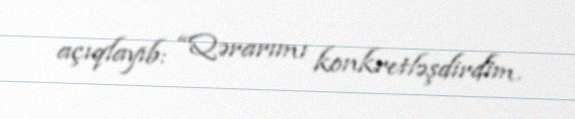
açıqlayıb: “Qərarımı konkretləşdirdim.